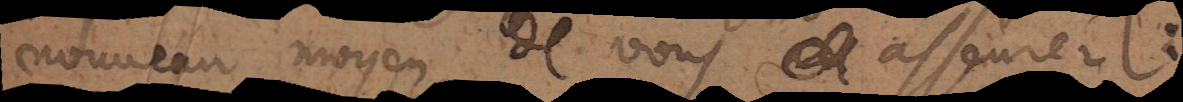
nouveau moyen de vous asseurer: